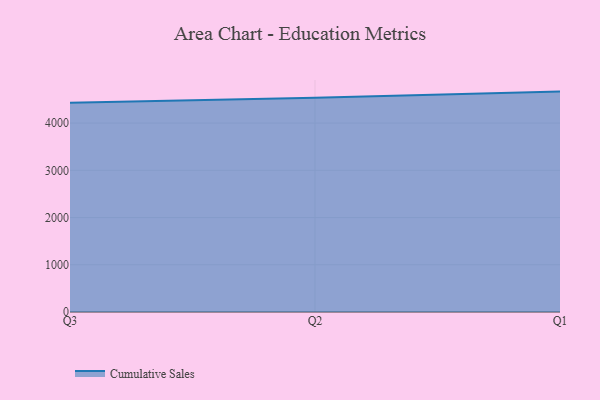
{"axis": {"x": "Quarter", "y": "Gross Profit (USD K)"}, "legend": ["Cumulative Sales"], "data": [{"x": "Q3", "y": 4428.8, "type": "Cumulative Sales"}, {"x": "Q2", "y": 4537.9, "type": "Cumulative Sales"}, {"x": "Q1", "y": 4666.9, "type": "Cumulative Sales"}]}